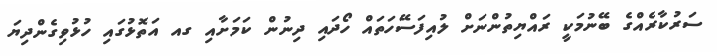
ސަރުކާރެއްގެ ބޭނުމަކީ ރައްޔިތުންނަށް ލުއިފަސޭހަތައް ހޯދައި ދިނުން ކަމަށާއި ގއ އަތޮޅުގައި ހުޅުވިގެންދިޔަ